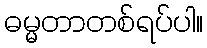
ဓမ္မတာတစ်ရပ်ပါ။